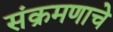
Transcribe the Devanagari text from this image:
संक्रमणाचे